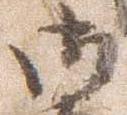
御